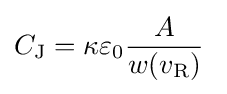
C_{\text{J}}=\kappa \varepsilon _{0}{\frac {A}{w(v_{\text{R}})}}\